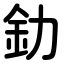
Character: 釛